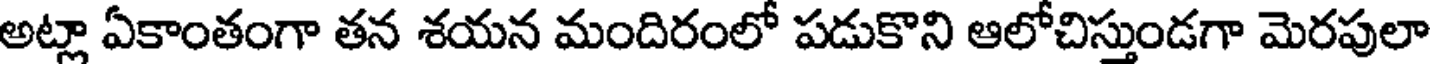
అట్లా ఏకాంతంగా తన శయన మందిరంలో పడుకొని ఆలోచిస్తుండగా మెరపులా